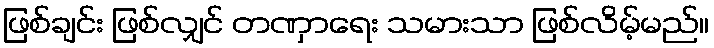
ဖြစ်ချင်း ဖြစ်လျှင် တဏှာရေး သမားသာ ဖြစ်လိမ့်မည်။